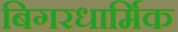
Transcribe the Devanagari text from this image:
बिगरधार्मिक